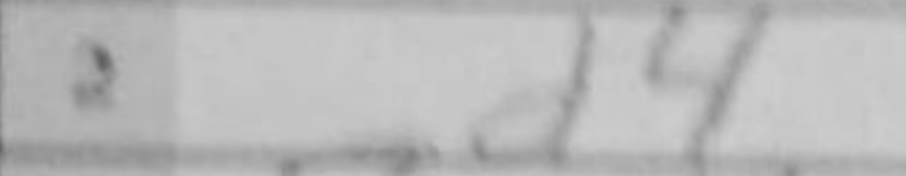
Transcription: d4